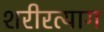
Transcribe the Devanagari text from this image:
शरीरत्याग